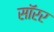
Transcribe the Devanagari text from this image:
सॉरर